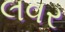
લવર